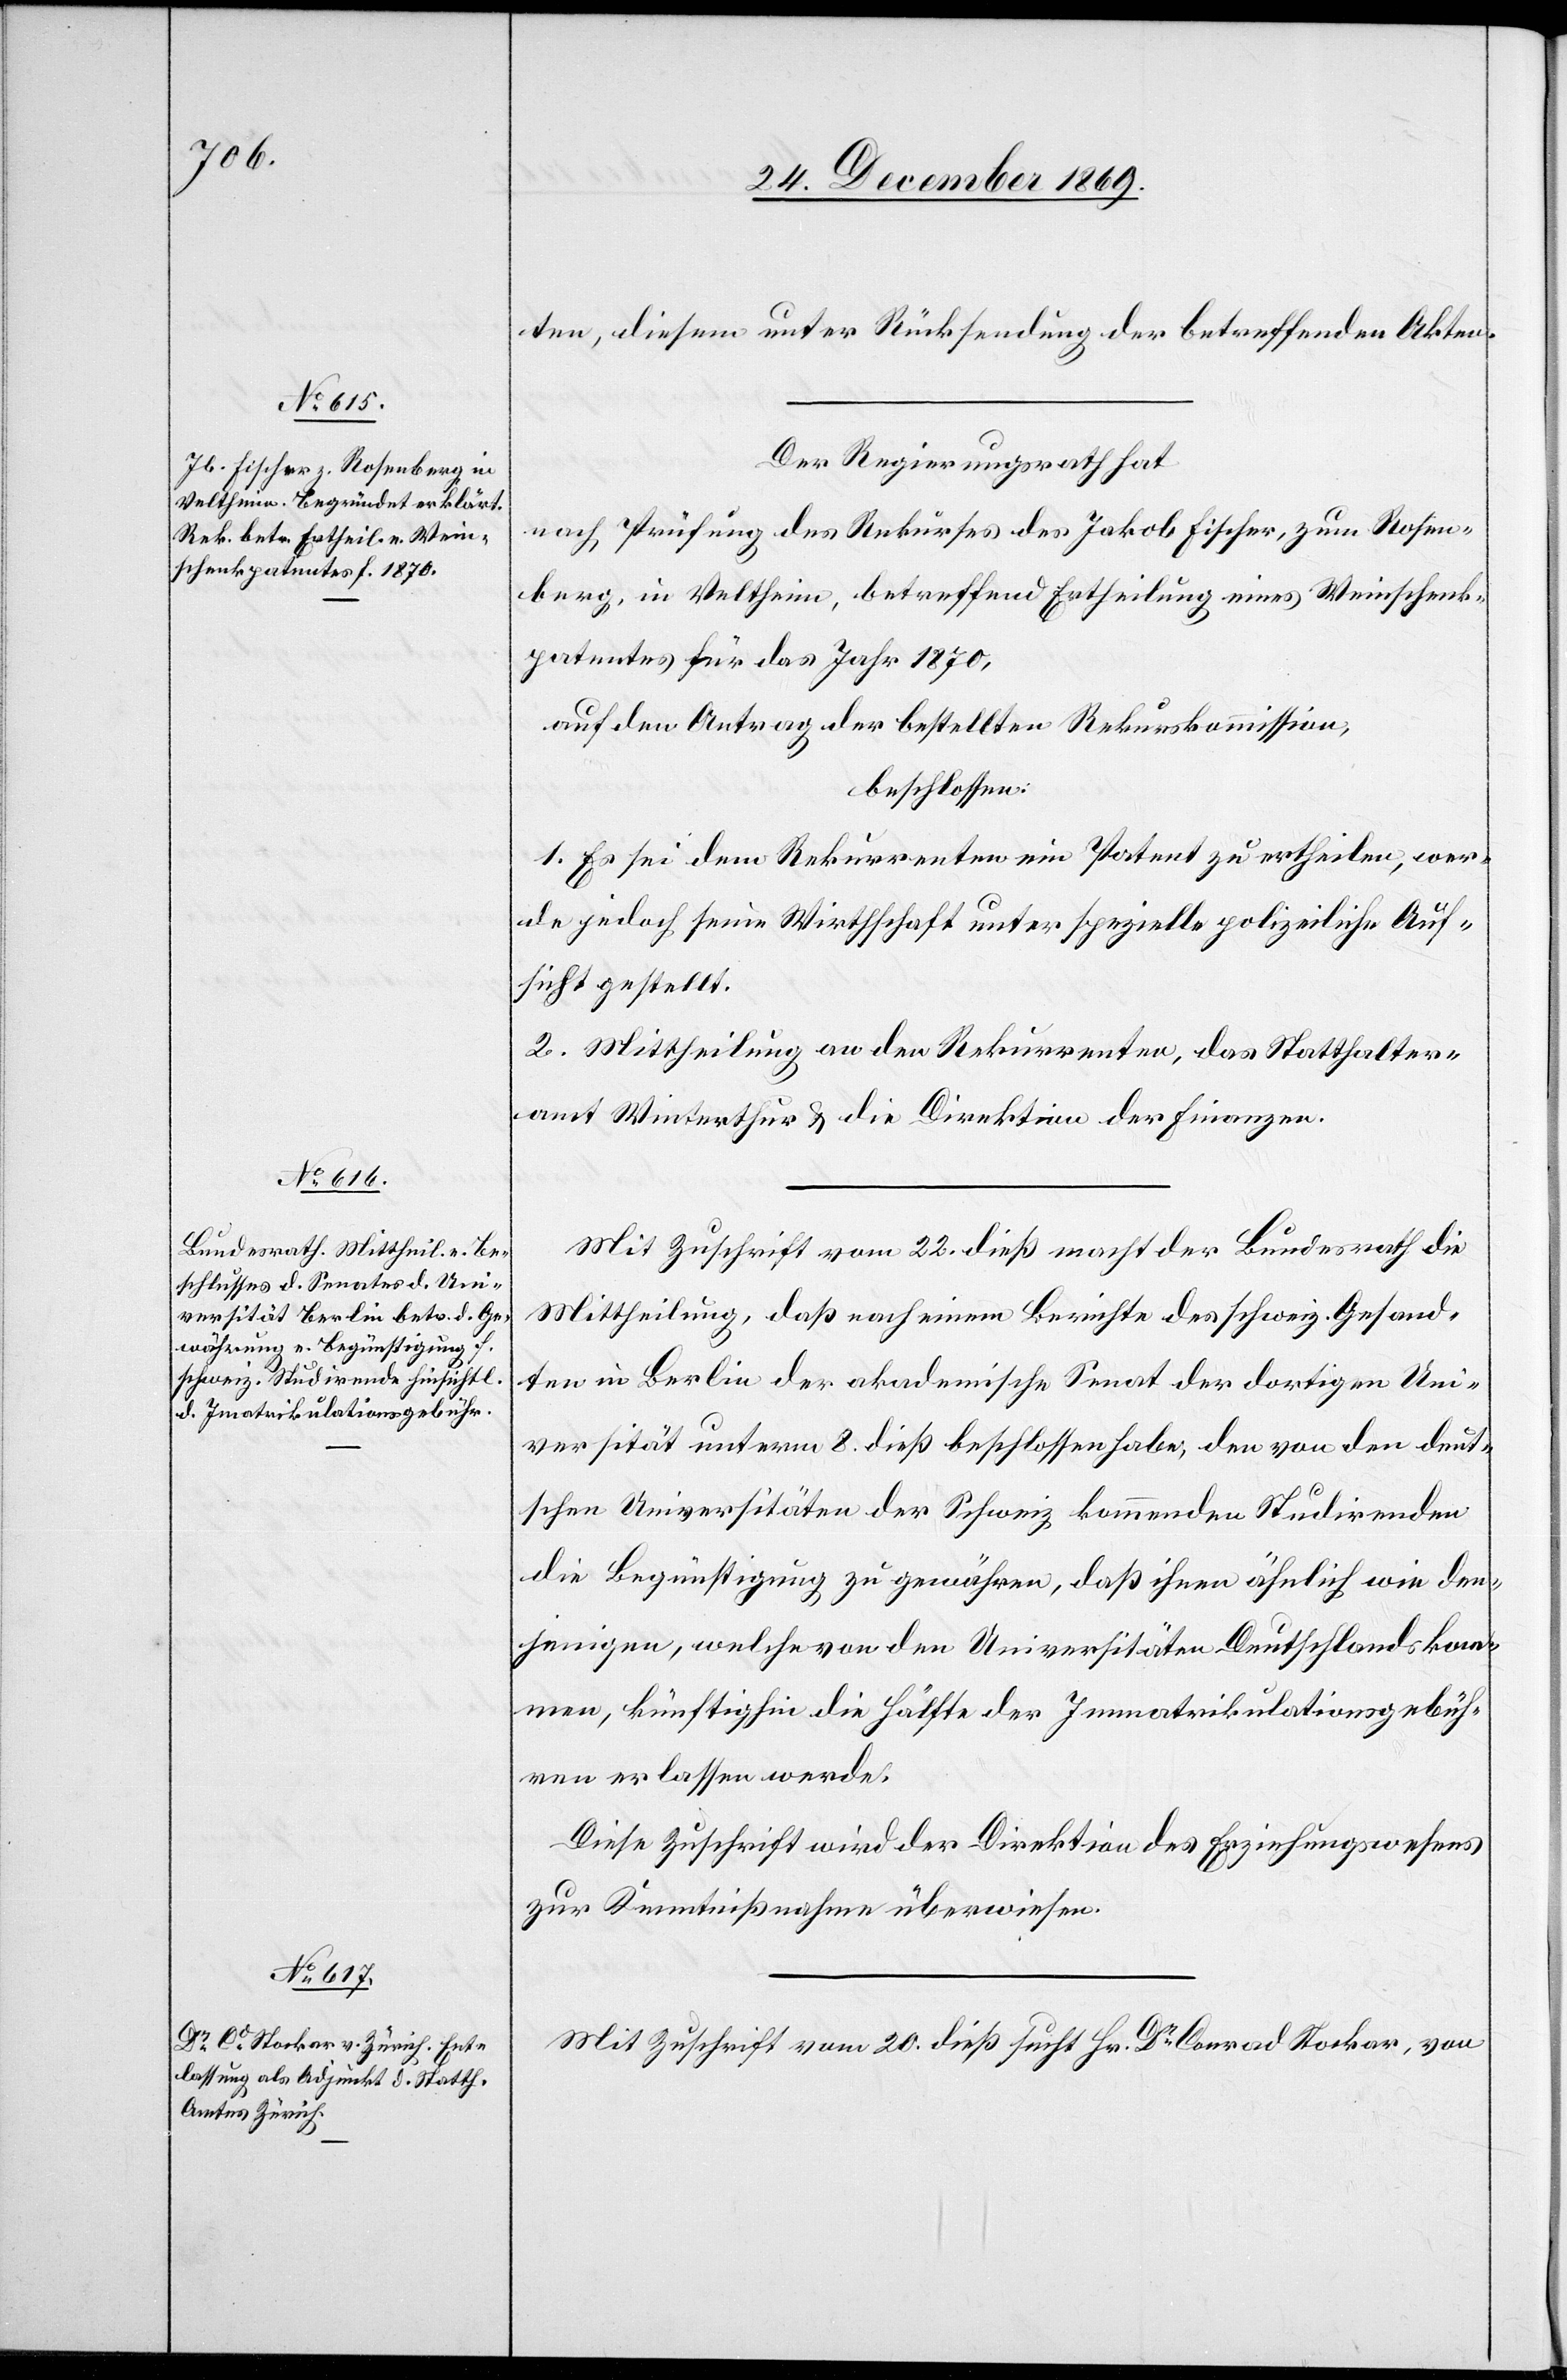
ten, diesem unter Rücksendung der betreffenden Akten.
Der Regierungsrath hat
nach Prüfung des Rekurses des Jakob Fischer, zum Rosen¬
berg, in Veltheim, betreffend Ertheilung eines Weinschenk¬
patentes für das Jahr 1870,
auf den Antrag der bestellten Rekurskommission,
beschlossen:
1. Es sei dem Rekurrenten ein Patent zu ertheilen, wer¬
de jedoch seine Wirthschaft unter spezielle polizeiliche Auf¬
sicht gestellt.
2. Mittheilung an den Rekurrenten, das Statthalter¬
amt Winterthur & die Direktion der Finanzen.
Mit Zuschrift vom 22. dieß macht der Bundesrath die
Mittheilung, daß nach einem Berichte des schweiz. Gesand¬
ten in Berlin der akademische Senat der dortigen Uni¬
versität unterm 8. dieß beschlossen habe, den von den deut¬
schen Universitäten der Schweiz kommenden Studirenden
die Begünstigung zu gewähren, daß ihnen ähnlich wie den¬
jenigen, welche von den Universitäten Deutschlands kom¬
men, künftighin die Hälfte der Immatrikulationsgebüh¬
ren erlassen werde.
Diese Zuschrift wird der Direktion des Erziehungswesens
zur Kenntnißnahme überwiesen.
Mit Zuschrift vom 20. dieß sucht Hr. Dr Conrad Stockar, von